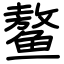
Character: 鳌